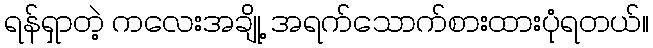
ရန်ရှာတဲ့ ကလေးအချို့ အရက်သောက်စားထားပုံရတယ်။